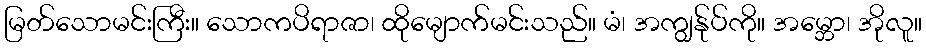
မြတ်သောမင်းကြီး။ သောကပိရာဇာ၊ ထိုမျောက်မင်းသည်။ မံ၊ အကျွန်ုပ်ကို။ အမ္ဘော၊ အိုလူ။